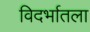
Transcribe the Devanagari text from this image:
विदर्भातला